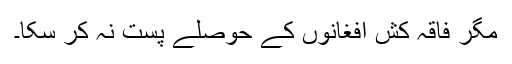
مگر فاقہ کش افغانوں کے حوصلے پست نہ کر سکا۔